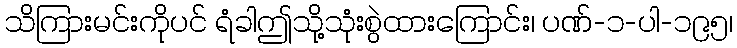
သိကြားမင်းကိုပင် ရံခါဤသို့သုံးစွဲထားကြောင်း၊ ပဏ်-၁-ပါ-၁၉၅၊